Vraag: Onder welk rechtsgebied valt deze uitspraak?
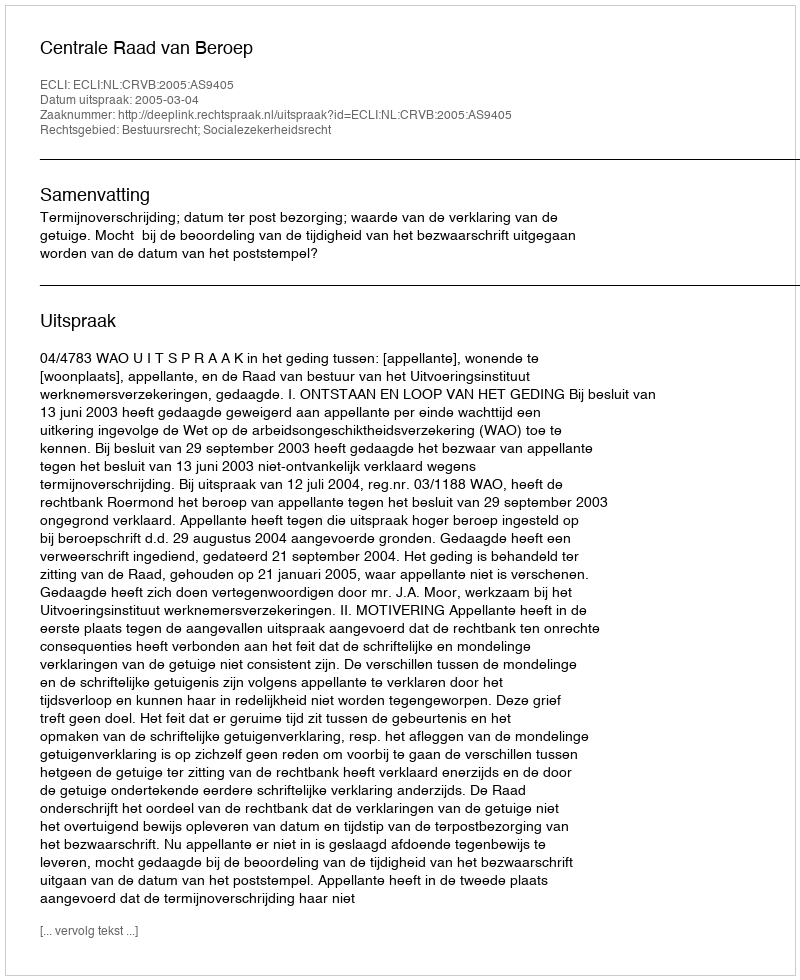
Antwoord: Bestuursrecht; Socialezekerheidsrecht